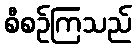
စီစဉ်ကြသည်